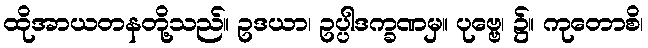
ထိုအာယတနတို့သည်။ ဥဒယာ၊ ဥပ္ပါဒက္ခဏမှ။ ပုဗ္ဗေ၊ ၌။ ကုတောစိ၊